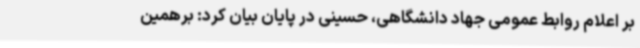
بر اعلام روابط عمومی جهاد دانشگاهی، حسینی در پایان بیان کرد: برهمین